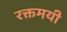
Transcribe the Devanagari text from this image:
रक्तमयी